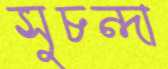
সুচন্দা